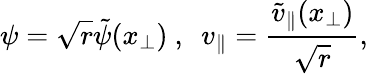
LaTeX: \psi=\sqrt{r}\tilde{\psi}(x_{\perp})~,~~v_{\parallel}=\frac{\tilde{v}_{\parallel}(x_{\perp})}{\sqrt{r}},